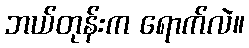
ဘယ်တုန်းက ရောက်လဲ။